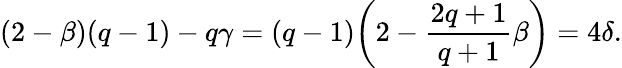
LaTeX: (2-\beta)(q-1)-q\gamma=(q-1)\biggl(2-\frac{2q+1}{q+1}\beta\biggr)=4\delta.